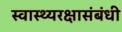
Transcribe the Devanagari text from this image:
स्वास्थ्यरक्षासंबंधी